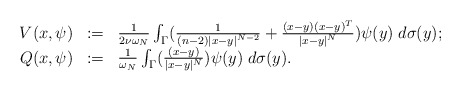
\begin{align*} \begin{array}{rcl}V(x,\psi) & := & \frac{1}{2 \nu \omega_N} \int_\Gamma ( \frac{1}{(n-2)|x-y|^{N-2}} + \frac{(x-y)(x-y)^T}{|x-y|^N} ) \psi(y) \; d\sigma(y); \\Q(x,\psi) & := & \frac{1}{\omega_N} \int_\Gamma ( \frac{(x-y)}{|x-y|^N} ) \psi(y) \; d\sigma(y). \\\end{array}\end{align*}